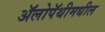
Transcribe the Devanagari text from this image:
ॲलोपॅथीमधील